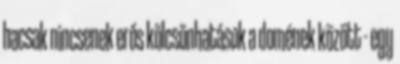
hacsak nincsenek erős kölcsönhatások a domének között - egy